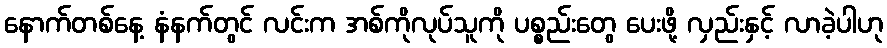
နောက်တစ်နေ့ နံနက်တွင် လင်းက အစ်ကိုလုပ်သူကို ပစ္စည်းတွေ ပေးဖို့ လှည်းနှင့် လာခဲ့ပါဟု